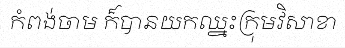
កំពង់ចាម ក៏បានយកឈ្នះក្រុមវិសាខា